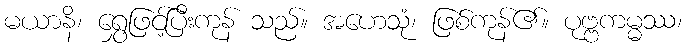
မယာနိ၊ ရွှေဖြင့်ပြီးကုန် သည်။ အဟေသုံ၊ ဖြစ်ကုန်၏။ ပုဗ္ဗကမ္မဿ၊